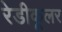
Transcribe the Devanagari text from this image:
रेडीकूलर